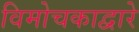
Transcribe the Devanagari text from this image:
विमोचकाद्वारे